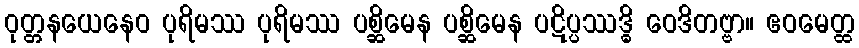
ဝုတ္တနယေနေဝ ပုရိမဿ ပုရိမဿ ပစ္ဆိမေန ပစ္ဆိမေန ပဋိပ္ပဿဒ္ဓိ ဝေဒိတဗ္ဗာ။ ဧဝမေတ္ထ